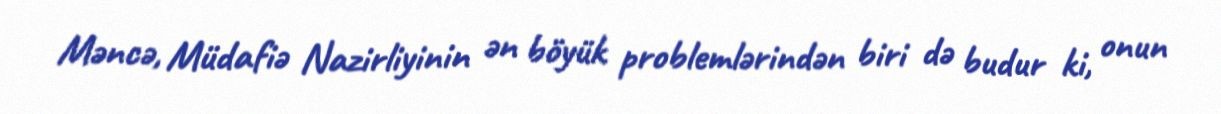
Məncə, Müdafiə Nazirliyinin ən böyük problemlərindən biri də budur ki, onun